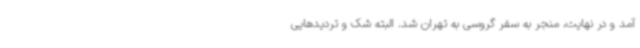
آمد و در نهایت، منجر به سفر گروسی به تهران شد. البته شک و تردیدهایی